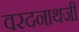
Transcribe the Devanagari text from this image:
वरदनाथजी